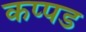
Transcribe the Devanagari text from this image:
कप्पड